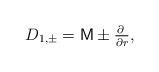
LaTeX: \begin{align*}D_{1,\pm} = \mathsf{M} \pm \tfrac{\partial \;}{\partial r},\end{align*}